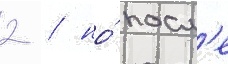
2 / но́ посл'е